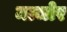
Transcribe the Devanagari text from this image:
माजोर